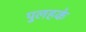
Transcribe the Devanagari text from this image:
पुलहके